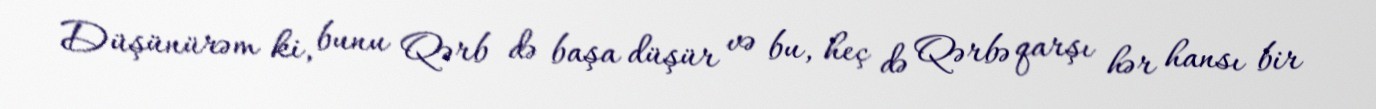
Düşünürəm ki, bunu Qərb də başa düşür və bu, heç də Qərbə qarşı hər hansı bir